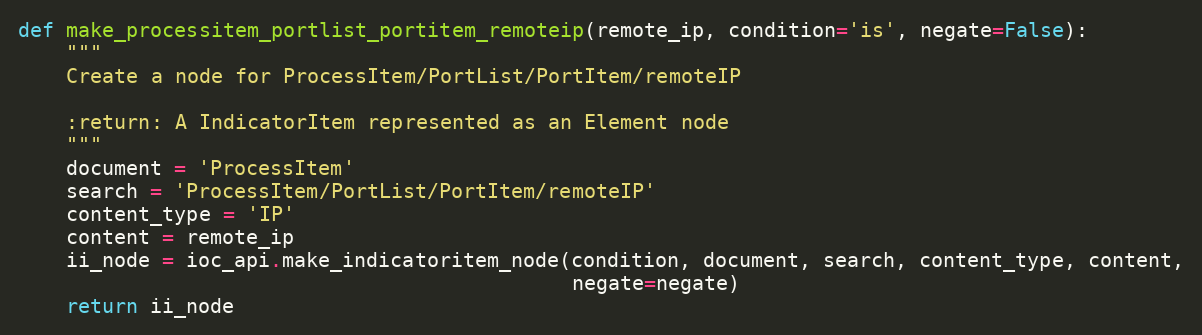
Language: Python
def make_processitem_portlist_portitem_remoteip(remote_ip, condition='is', negate=False):
    """
    Create a node for ProcessItem/PortList/PortItem/remoteIP

    :return: A IndicatorItem represented as an Element node
    """
    document = 'ProcessItem'
    search = 'ProcessItem/PortList/PortItem/remoteIP'
    content_type = 'IP'
    content = remote_ip
    ii_node = ioc_api.make_indicatoritem_node(condition, document, search, content_type, content,
                                              negate=negate)
    return ii_node